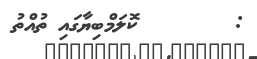
:        ކޮލަމްބިޔާގައި ތުއްތު